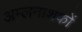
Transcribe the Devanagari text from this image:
अम्लनाशकों